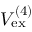
V _ { \mathrm { e x } } ^ { ( 4 ) }